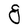
Character: g